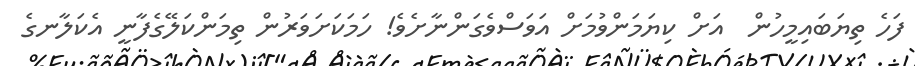
ފަހެ ތިޔަބައިމީހުން  އަށް ކިޔަމަންވުމަށް އަވަސްވެގަންނާށެވެ! ހަމަކަށަވަރުން ތިމަންކަލޭގެފާނީ އެކަލާނގެ